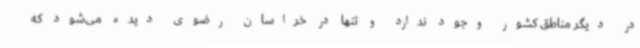
در دیگر مناطق کشور وجود ندارد و تنها در خراسان رضوی دیده می‌شود که